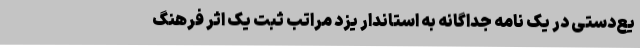
یع‌دستی در یک نامه جداگانه به استاندار یزد مراتب ثبت یک اثر فرهنگ